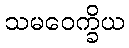
သမဝေက္ခိယ